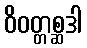
ဝိဝတ္တစ္ဆဒါ